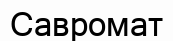
Савромат